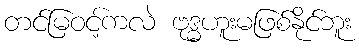
တင်မြဝင့်ကလဲ ဗုဒ္ဓဟူးမဖြစ်နိုင်ဘူး